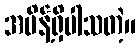
အမိန့်ရှိပါသတဲ့။